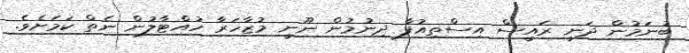
ބުނަމުން ދަނީ ރައީސް އިސްތިއުފާ ދިނުމުން ނޫނީ މުޒާހަރާ ހުއްޓާލުން ނެތް ކަމަށެވެ.